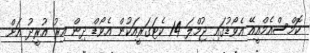
ކޮމްސްއެމްއީއޭ އެވޯޑުގައި ޖުމްލަ 14 ކެޓަގަރީއަކުން އެވޯޑް ދިން އިރު އުރީދު އަށް